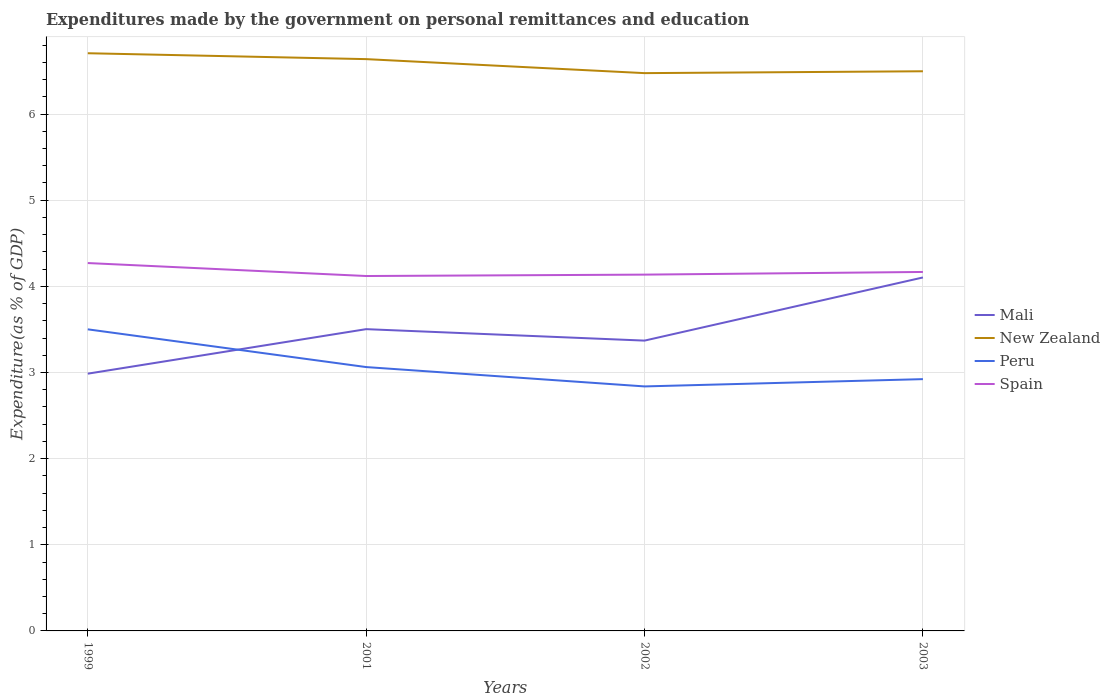
| Years | Mali | New Zealand | Peru | Spain |
 | --- | --- | --- | --- | --- |
 | 1999 | 2.99 | 6.71 | 3.5 | 4.27 |
 | 2001 | 3.5 | 6.64 | 3.06 | 4.12 |
 | 2002 | 3.37 | 6.48 | 2.84 | 4.14 |
 | 2003 | 4.1 | 6.5 | 2.92 | 4.17 |